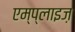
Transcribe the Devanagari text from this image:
एम्प्लाइज़